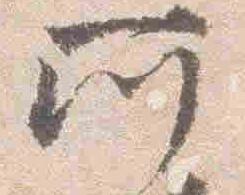
所